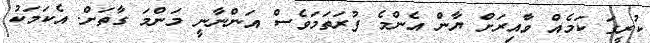
ކުރީގަ ކަމެއް ވާއިރަށް ޔާން އެންމެ ފުރަތަމަވެސް އަންނާނީ މަންމަ ގާތަށް. އެކަމަކު